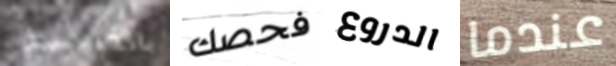
بالكنيسة فحصك الدروع عندما